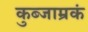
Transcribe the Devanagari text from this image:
कुब्जाम्रकं